Vaccination in Burma 1920-1933 - 1920-1933
Year: 1920
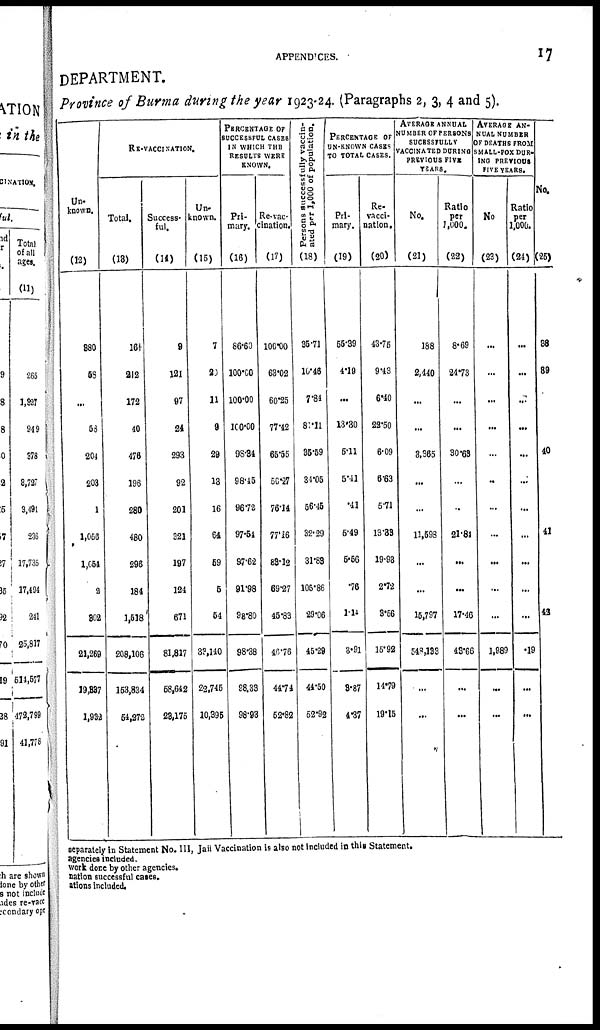
APPENDICES.
17
DEPARTMENT.
Province of Burma during the year 1923-24. (Paragraphs 2, 3, 4 and 5).
Un-
known.
(12)
RE-VACCINATION.
Total.
(13)
Success-
ful.
(14)
Un-
known.
(15)
PERCENTAGE OF
SUCCESSFUL CASES
IN WHICH THE
RESULTS WERE
KNOWN.
Pri-
mary.
(16)
Re-vac-
cination.
(17)
Persons successfully vaccin-
ated per
1,000
of population.
(18)
PERCENTAGE OF
UN-KNOWN CASES
TO TOTAL CASES.
Pri-
mary.
(19)
Re-
vacci-
nation.
(20)
AVERAGE ANNUAL
NUMBER OF PERSONS
SUCESSFULLY
VACCINATED DURING
PREVIOUS FIVE
YEARS.
No.
(21)
Ratio
per
1,000.
(22)
AVERAGE AN-
NUAL NUMBER
OF DEATHS FROM
SMALL-POX DUR-
ING PREVIOUS
FIVE YEARS.
No.
(23)
Ratio
per
1,000.
(24)
No.
(25)
880
58
...
68
204
203
1
1,056
1,654
2
802
21,269
19,387
1,932
16†
212
172
40
476
196
280
480
296
184
1,518
208,106
153,834
54,272
9
121
97
24
293
92
201
321
197
124
671
81,817
58,642
28,175
7
20
11
9
29
13
16
64
69
5
54
33,140
22,745
10,395
86.60
100.00
100.00
100.00
98.34
98.45
96.72
97.54
97.62
91.98
98.80
98.38
88,33
98.93
100.00
63.02
60.25
77.42
66.55
50.27
76.14
77.16
88.12
69.27
45.83
16.76
44.74
52.82
35.71
10.46
7.84
81.11
35.59
34.05
56.45
32.29
31.88
105.86
29.06
45.29
44.50
52.92
55.39
4.19
...
13.30
5.11
5.41
.41
5.49
5.56
.76
1.14
3.91
3.87
4.37
43.75
9.43
6.40
22.50
6.09
6.63
5.71
13.33
19.93
2.72
8.56
15.92
14.79
19.15
188
2,440
...
...
3,365
...
...
11,598
...
...
15,797
548,133
...
...
8.69
24.73
...
...
30.68
...
...
21.84
...
...
17.46
43.66
...
...
...
...
...
...
...
...
...
...
...
...
...
1,989
...
...
...
...
...
...
...
...
...
...
...
...
...
.19
...
...
38
89
...
...
40
...
...
41
42
separately in Statement No. III, Jail Vaccination is also not included in this Statement.
agencies included.
work done by other agencies.
nation successful cases.
ations included.